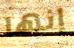
إنها